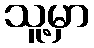
သူ့မှာ